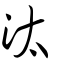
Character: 汰